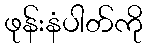
ဖုန်းနံပါတ်ကို